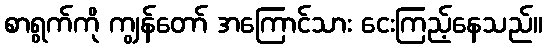
စာရွက်ကို ကျွန်တော် အကြောင်သား ငေးကြည့်နေသည်။